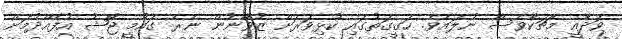
ވަދާއީ މެޗަކާވެސް ނުލައެވެ. ހަގީގަތުގައި ކުޅިވަރަށް ޒުވާނުން ނެރެ ގައުމީ ޖޯޝު އުފެއްދުމަށް